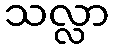
သလ္လာ